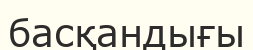
басқандығы